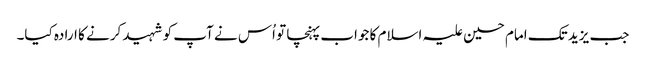
جب یزید تک امام حسین علیہ اسلام کا جواب پہنچا تو اُس نے آپ کو شہید کرنے کا ارادہ کیا۔